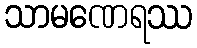
သာမဏေရဿ